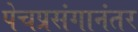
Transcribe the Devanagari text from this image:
पेचप्रसंगानंतर